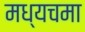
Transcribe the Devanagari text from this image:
मध्यचमा